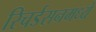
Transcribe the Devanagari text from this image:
रिचर्डसनमध्ये